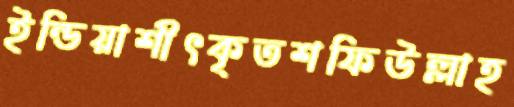
ইন্ডিয়াশীৎকৃতশফিউল্লাহ